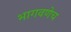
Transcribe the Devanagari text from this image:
भागवणेच